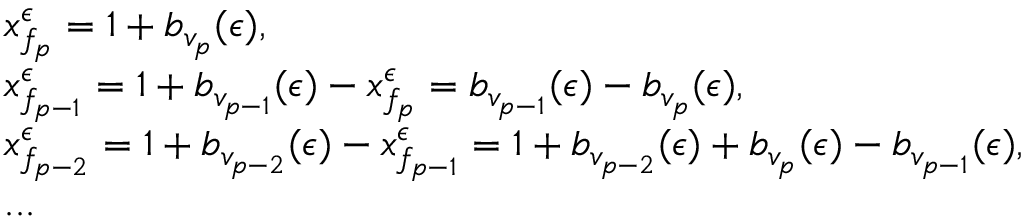
\begin{array} { r l } & { x _ { f _ { p } } ^ { \epsilon } = 1 + b _ { v _ { p } } ( \epsilon ) , } \\ & { x _ { f _ { p - 1 } } ^ { \epsilon } = 1 + b _ { v _ { p - 1 } } ( \epsilon ) - x _ { f _ { p } } ^ { \epsilon } = b _ { v _ { p - 1 } } ( \epsilon ) - b _ { v _ { p } } ( \epsilon ) , } \\ & { x _ { f _ { p - 2 } } ^ { \epsilon } = 1 + b _ { v _ { p - 2 } } ( \epsilon ) - x _ { f _ { p - 1 } } ^ { \epsilon } = 1 + b _ { v _ { p - 2 } } ( \epsilon ) + b _ { v _ { p } } ( \epsilon ) - b _ { v _ { p - 1 } } ( \epsilon ) , } \\ & { . . . } \end{array}